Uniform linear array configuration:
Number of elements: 16
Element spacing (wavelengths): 0.25
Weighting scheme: cosine
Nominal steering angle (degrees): -45
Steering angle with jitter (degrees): -43.487
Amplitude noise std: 0.05
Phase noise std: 0.05

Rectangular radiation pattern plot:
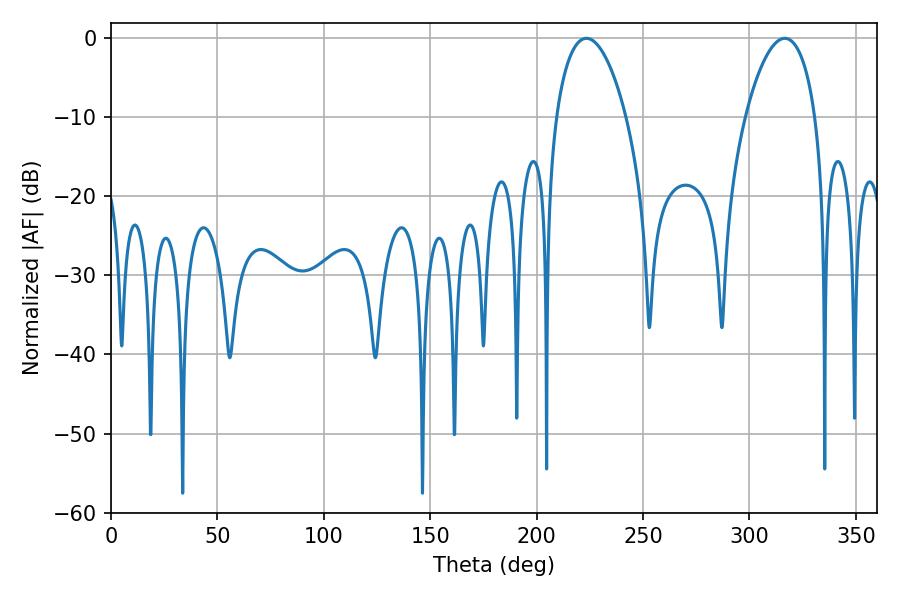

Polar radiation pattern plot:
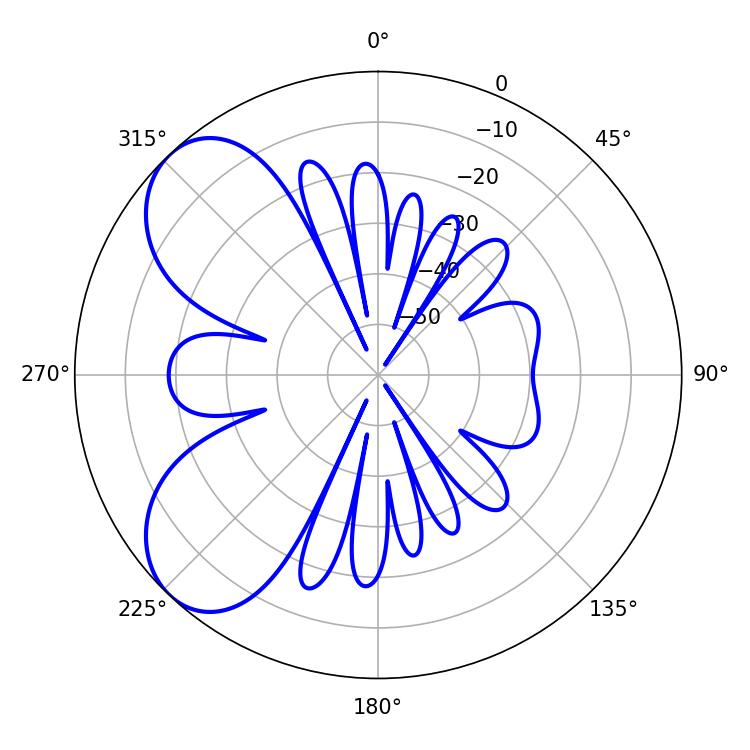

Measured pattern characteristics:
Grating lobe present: FALSE
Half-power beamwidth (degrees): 18.54
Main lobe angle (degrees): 223.38